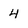
Character: 4